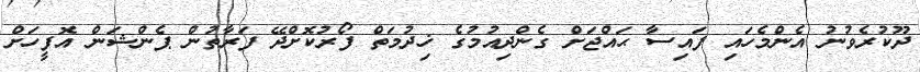
ދޫކުރެވުނު އެންމެހައި ފައިސާ ޙައްޖަށް ގެންދިއުމުގެ ޚިދުމަތް ފޯރުކޮށްދޭ ފަރާތުން ޕެންޝަން އޮފީހަށް